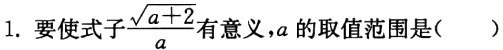
1. 要使式子$\frac{\sqrt{a + 2}}{a}$有意义，$a$的取值范围是( )